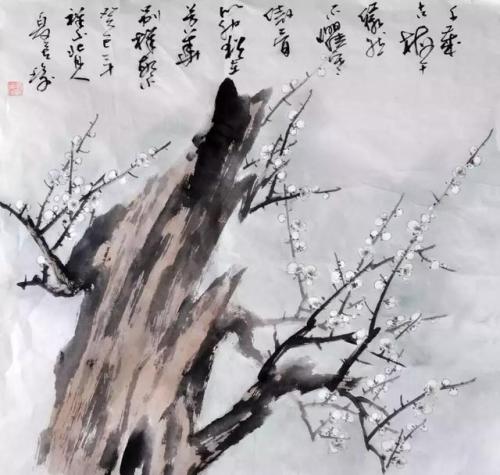
天外凤凰谁得髓？无人解合续弦胶。